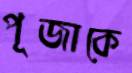
পূজাকে